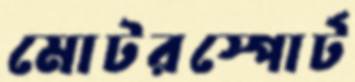
মোটরস্পোর্ট